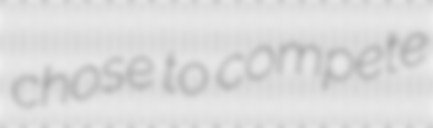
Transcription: chose to compete